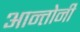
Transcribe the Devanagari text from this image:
आन्तोनी